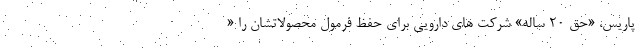
پاریس، «حق ۲۰ ساله» شرکت های دارویی برای حفظ فرمول محصولاتشان را «